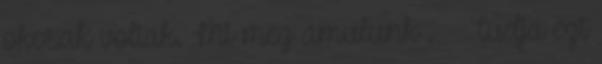
okosak voltak. Mi meg ámulunk . Tudja ezt